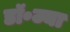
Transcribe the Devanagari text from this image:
डॉ॰ज्या